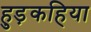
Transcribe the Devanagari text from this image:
हुड़कहिया